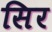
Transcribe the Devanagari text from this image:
सिर